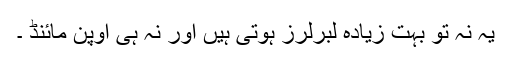
یہ نہ تو بہت زیادہ لبرلرز ہوتی ہیں اور نہ ہی اوپن مائنڈ ۔